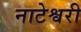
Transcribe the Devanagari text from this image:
नाटेश्वरी